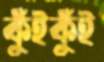
কুঁইকুঁই